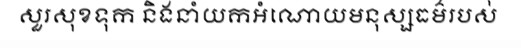
សួរសុខទុក និងនាំយកអំណោយមនុស្សធម៌របស់